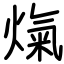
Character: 熂